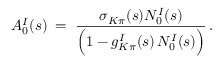
A _ { 0 } ^ { I } ( s ) \; = \; \frac { \sigma _ { K \pi } ( s ) N _ { 0 } ^ { I } ( s ) } { \Big ( 1 - g _ { K \pi } ^ { I } ( s ) \, N _ { 0 } ^ { I } ( s ) \Big ) } \, .